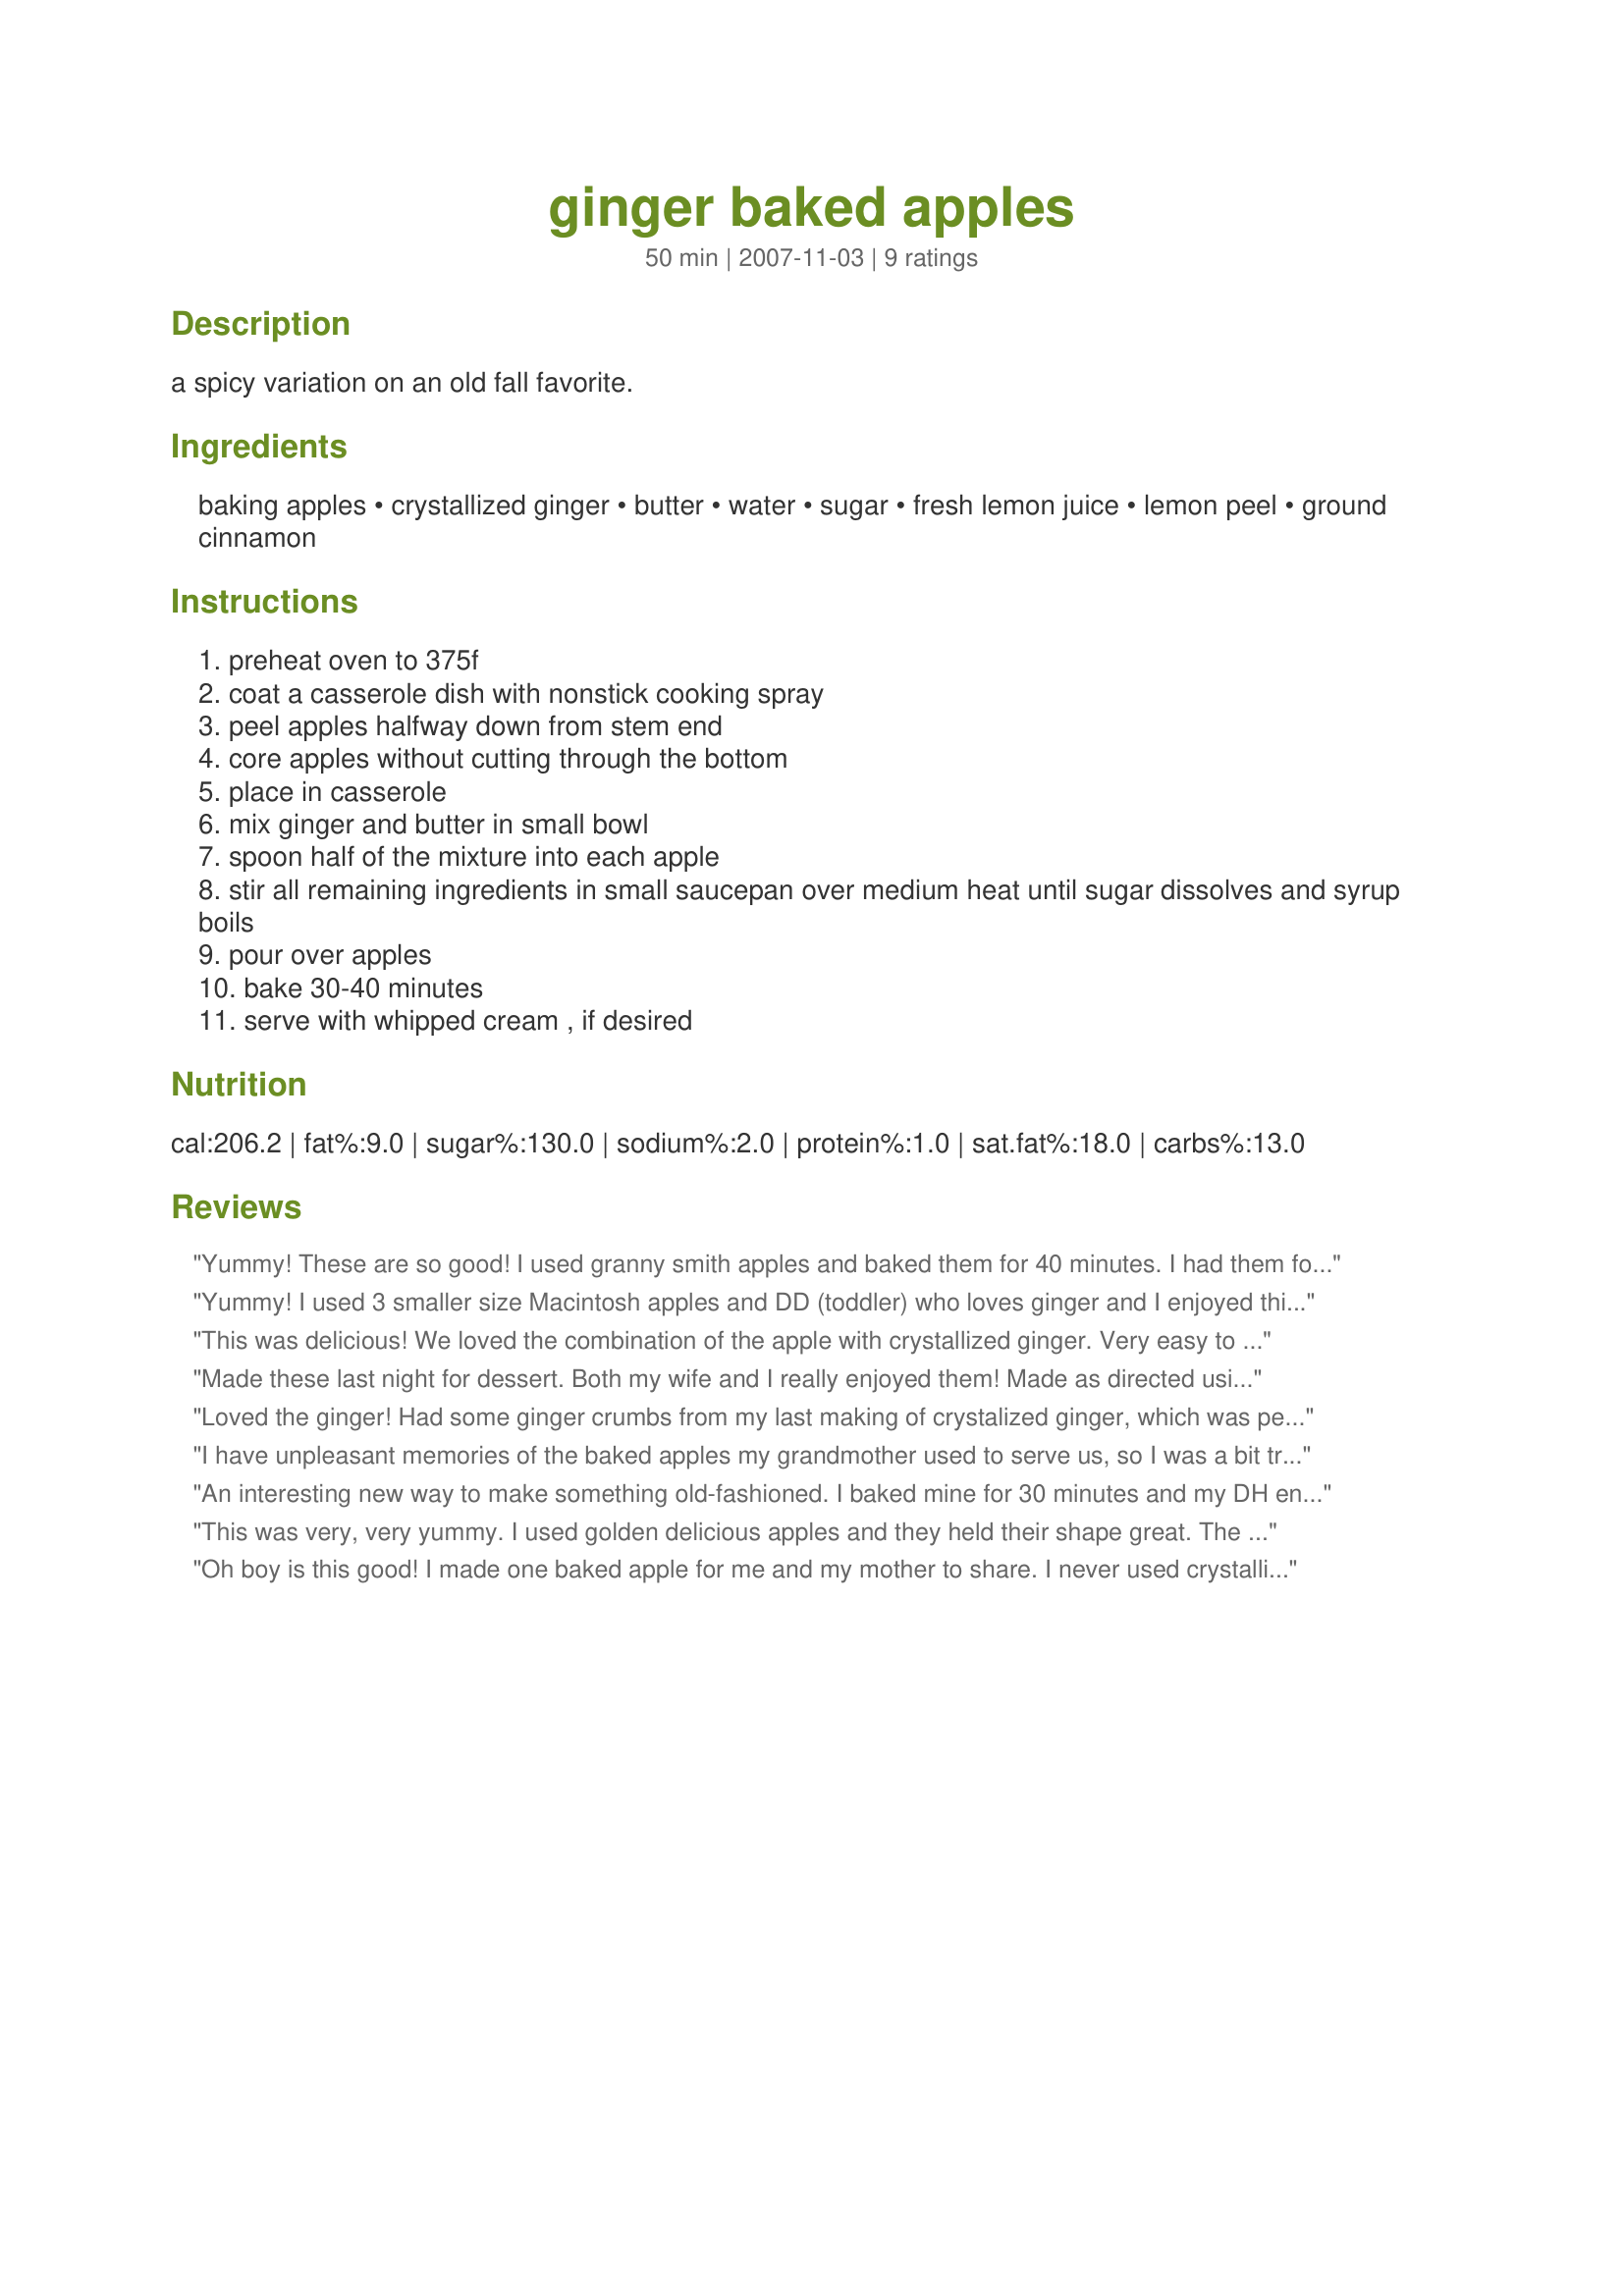
ginger baked apples
Preparation time: 50 minutes

a spicy variation on an old fall favorite.

Ingredients:
baking apples, crystallized ginger, butter, water, sugar, fresh lemon juice, lemon peel, ground cinnamon

Steps:
preheat oven to 375f
coat a casserole dish with nonstick cooking spray
peel apples halfway down from stem end
core apples without cutting through the bottom
place in casserole
mix ginger and butter in small bowl
spoon half of the mixture into each apple
stir all remaining ingredients in small saucepan over medium heat until sugar dissolves and syrup boils
pour over apples
bake 30-40 minutes
serve with whipped cream , if desired

Reviews:
Yummy! These are so good! I used granny smith apples and baked them for 40 minutes. I had them for breakfast, but they'd be great for dessert as well! Thanks!
Yummy! I used 3 smaller size Macintosh apples and DD (toddler) who loves ginger and I enjoyed this for our breakfast. DD told me to make it again! I do agree with another reviewer that the crystallized ginger tastes so good but would probably be better slivered because the pieces of ginger were to big. Made using brown sugar and unsalted butter plus the rest.
This was delicious! We loved the combination of the apple with crystallized ginger. Very easy to make and everyone enjoyed. I forgot to pick up some vanilla ice cream as I thought it would go well with this, but was still delicious without. Thanks for posting! ~Sue
Made these last night for dessert. Both my wife and I really enjoyed them! Made as directed using Granny Smith Apples. Great dessert for a cold winter night. Made for Football Pool.
Loved the ginger! Had some ginger crumbs from my last making of crystalized ginger, which was perfect for this. I had mine with ice cream, and my sister used whipped cream. I used a Cameo and a Jonagold. Will try this again with two other apple varities, to see which one I like best. Thnx so much, mikekey, for posting. Made for Comfort Cafe Summer 2009.
I have unpleasant memories of the baked apples my grandmother used to serve us, so I was a bit trepidatious going into this. This dish really changed that! Grandma always used Red Delicious apples - ick, I used a nice Granny Smith. I don't have an apple corer but my PC strawberry huller did a great job of scooping out the middle. I should have leveled the bottom of the apple as it had a tilt and the good stuff kept spilling over that way. I added a little cinnamon to the butter mix; one change I would make for me is to cut the ginger in large slivers , I liked the flavor but not chewing on the bits, slivers could easily be avoided. I cut this down to one serving and at first I thought there might be too much of the syrup but it was perfect. I enjoyed this for breakfast and it already being warm and humid with temps later around 90, I wasn't turning on the oven for 40 minutes, so into the microwave it went, 6 minutes were perfect. I thought it might brown in the broiler but even after 3 minutes all it did was bubble - it didn't matter it looked at tasted delicious. Thanks Mike for another great recipe! Made for the Comfort Cafe July 09
An interesting new way to make something old-fashioned. I baked mine for 30 minutes and my DH enjoyed it but said it wasn't quite done so next time I will use the 40 minutes. Made for the Summer Comfort Cafe.
This was very, very yummy. I used golden delicious apples and they held their shape great. The ginger & cinnamon taste kind of cooked into the apple as it baked. After it baked I scooped up the syrupy liquid on the baking dish onto the apples. Made this for photo tag.
Oh boy is this good! I made one baked apple for me and my mother to share. I never used crystallized ginger before, but since my turkey for Thanksgiving tomorrow uses crystallized ginger I was eager to find what else I could do with it! The ginger is soooooooo good in this recipe! I made this in the microwave and it did not take nearly 6 minutes to cook. Great baked apple recipe!
